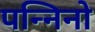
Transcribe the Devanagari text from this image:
पन्निनो